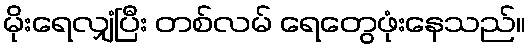
မိုးရေလျှံပြီး တစ်လမ် ရေတွေဖုံးနေသည်။